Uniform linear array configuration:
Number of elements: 48
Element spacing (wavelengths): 0.75
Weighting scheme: cosine
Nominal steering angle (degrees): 0
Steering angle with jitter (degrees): -1.828
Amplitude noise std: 0.05
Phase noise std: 0.05

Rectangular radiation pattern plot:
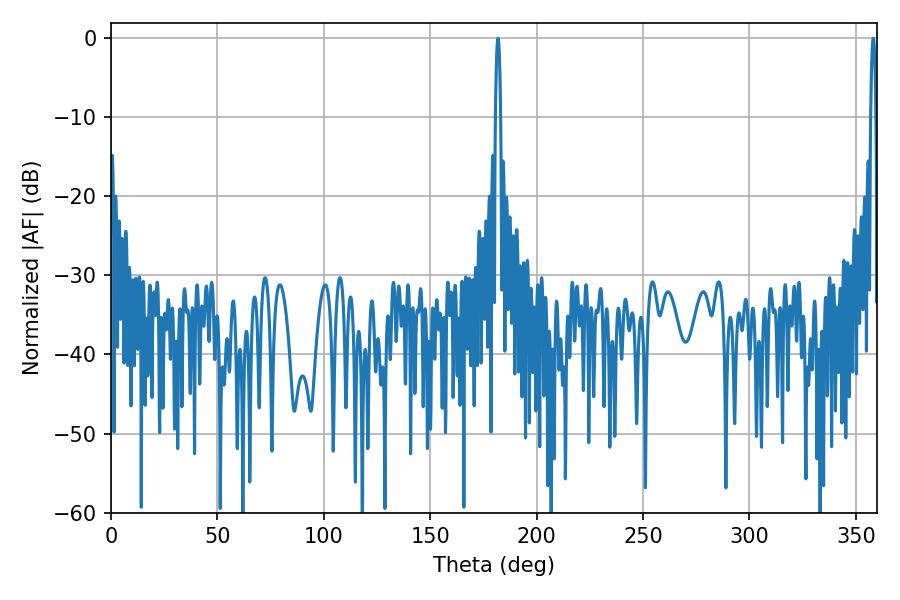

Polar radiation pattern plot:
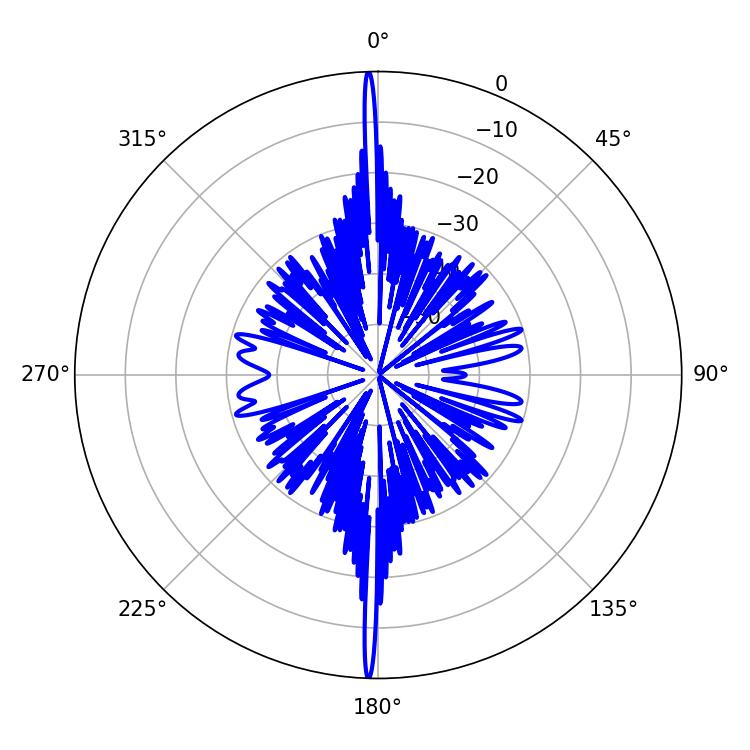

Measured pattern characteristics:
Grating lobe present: TRUE
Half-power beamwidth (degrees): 1.26
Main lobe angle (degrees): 181.8